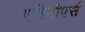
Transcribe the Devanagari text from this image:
एनिमोर्फ्स